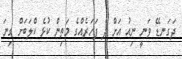
ދަގަނޑޭ ވަނީ ނިއު އަށް ދެ ފަހަރެއްގެ މަތިން ކުޅެ ކްލަބަށް ގިނަ